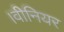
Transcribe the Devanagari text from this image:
।वीनियर